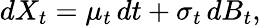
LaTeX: dX_{t}=\mu_{t}\, dt+\sigma_{t}\, dB_{t},